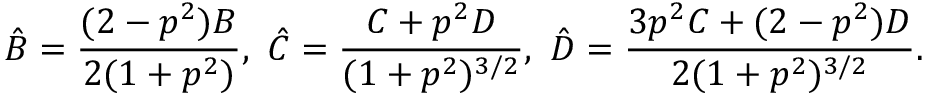
\hat { B } = \frac { ( 2 - p ^ { 2 } ) B } { 2 ( 1 + p ^ { 2 } ) } , ~ \hat { C } = \frac { C + p ^ { 2 } D } { ( 1 + p ^ { 2 } ) ^ { 3 / 2 } } , ~ \hat { D } = \frac { 3 p ^ { 2 } C + ( 2 - p ^ { 2 } ) D } { 2 ( 1 + p ^ { 2 } ) ^ { 3 / 2 } } .